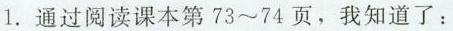
1.通过阅读课本第73~74页，我知道了：